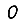
Digit: 0